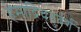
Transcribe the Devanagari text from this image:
हेमाद्रिचतुर्वर्गं